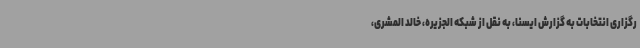
رگزاری انتخابات به گزارش ایسنا، به نقل از شبکه الجزیره، خالد المشری،